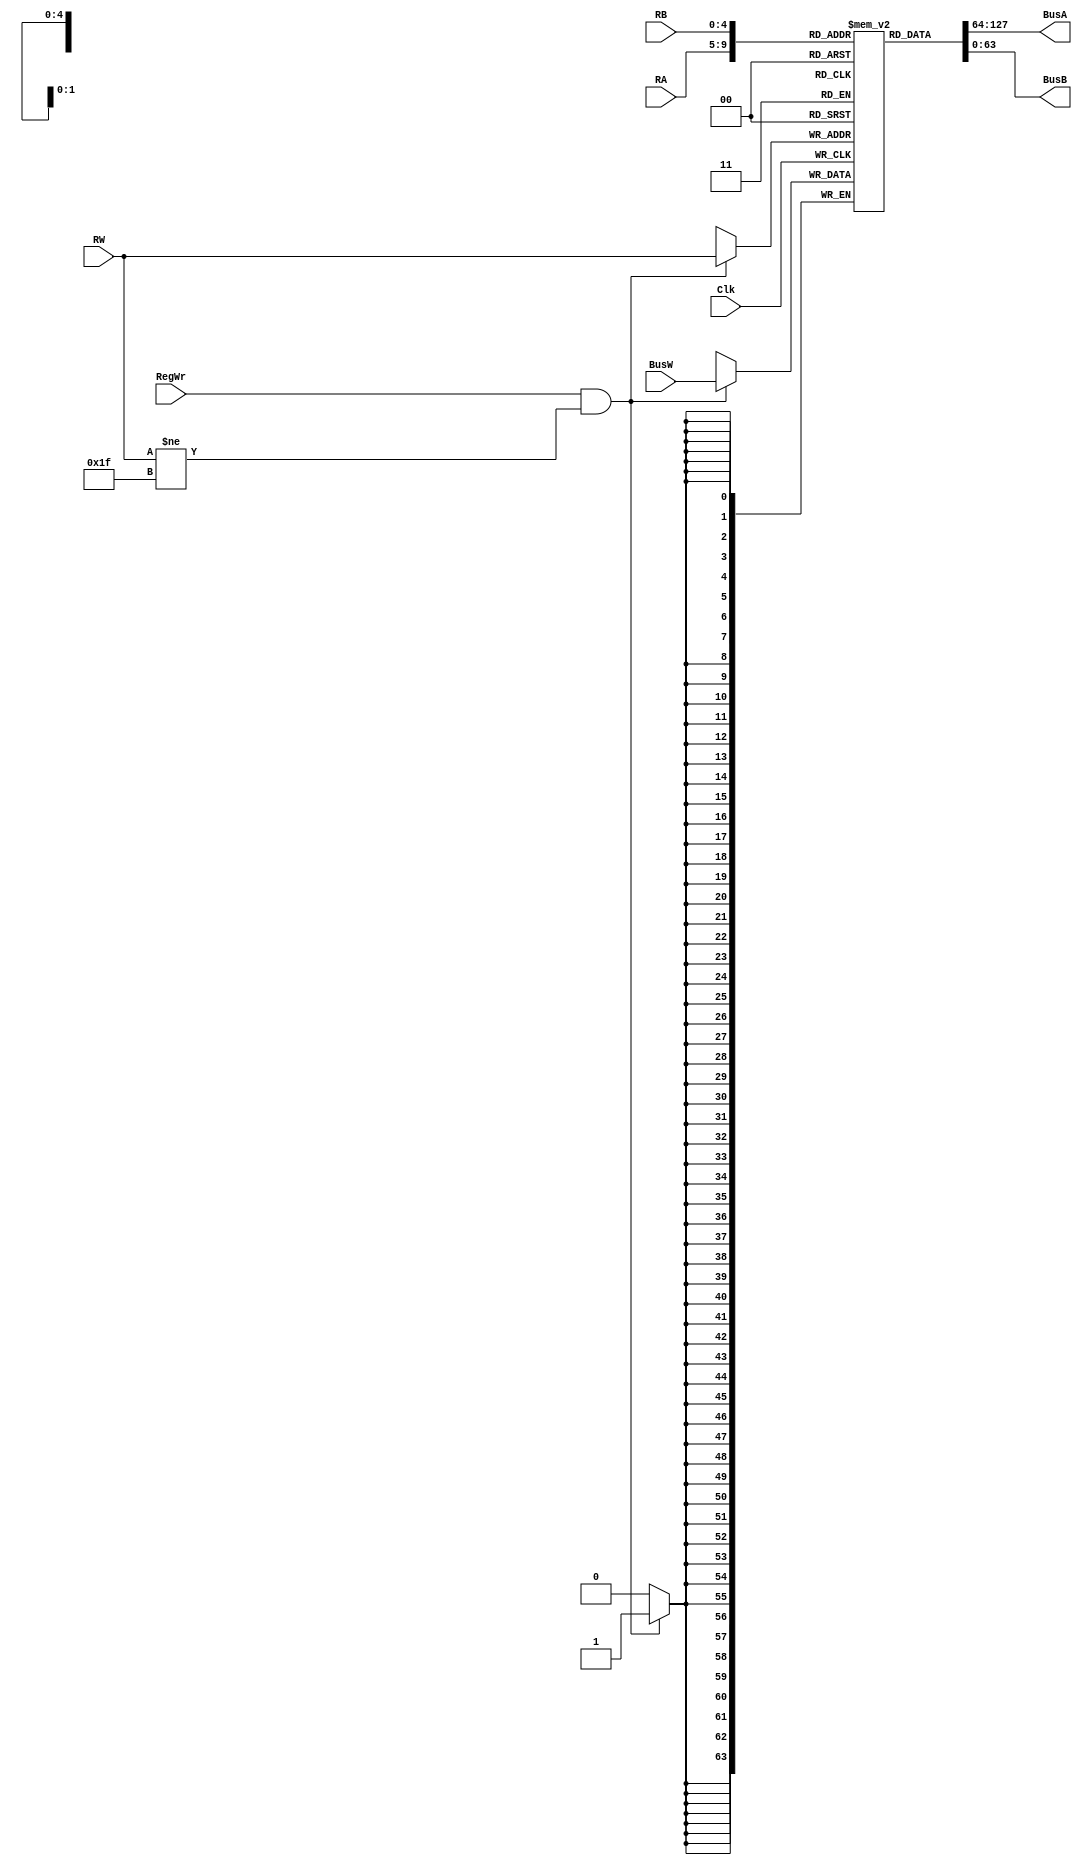
module RegisterFile(BusA, BusB, BusW, RA, RB, RW, RegWr, Clk);
    output [63:0] BusA;
    output [63:0] BusB;
    input [63:0] BusW;
    input [4:0] RA;     // Add input port for RA with 5 bits
    input [4:0] RB;     // Add input port for RB with 5 bits
    input [4:0] RW;     // RW is 5 bits
    input RegWr;
    input Clk;
    reg [63:0] registers [31:0];  // 32 registers where each are 64-bits
     
    initial registers[31] = 64'b0;  // Force Register 31 to always be 0
     
    assign #2 BusA = registers[RA]; // Set the register to take RA as variable
    assign #2 BusB = registers[RB]; // Set the register to take RB as variable
     
    always @ (negedge Clk) begin
        if(RegWr && RW != 31) // Make sure Register 31 is always 0
            registers[RW] <= #3 BusW;
    end
endmodule //end the module